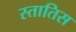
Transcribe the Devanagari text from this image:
स्तातिस